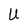
Character: U